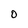
Character: O